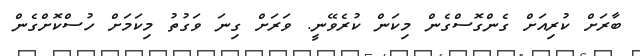
ބާރަށް ކުރިއަށް ގެންގޮސްގެން މިކަން ކުރެވޭނީ. ވަރަށް ގިނަ ވަގުތު މިކަމަށް ހުސްކޮށްގެން